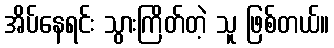
အိပ်နေရင်း သွားကြိတ်တဲ့ သူ ဖြစ်တယ်။